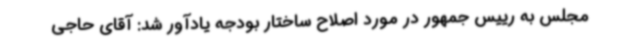
مجلس به رییس جمهور در مورد اصلاح ساختار بودجه یادآور شد: آقای حاجی